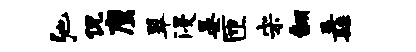
弛侃鹰翠浸晏匝宋翻纛